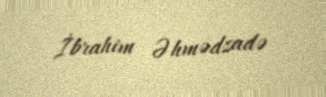
İbrahim Əhmədzadə